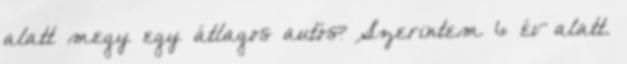
alatt megy egy átlagos autós? Szerintem 6 év alatt.